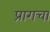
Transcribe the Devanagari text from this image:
प्रागचा